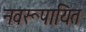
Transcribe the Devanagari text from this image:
नवरूपायित